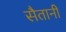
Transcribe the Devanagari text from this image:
सैतानी